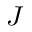
J